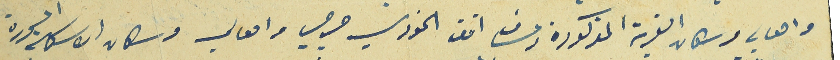
واهالي وسكان القرية المذكورة وعساف افندى الخوري جرجي من اهالي وسكان الاسكلة المذكورة